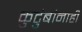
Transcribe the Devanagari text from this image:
कुटुंबांनाही